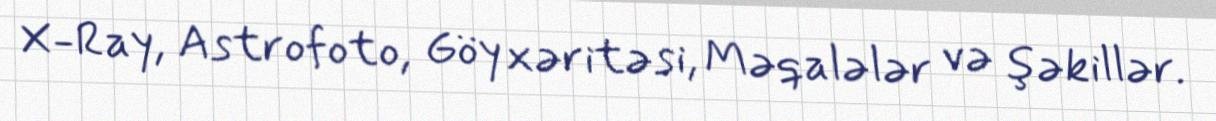
X-Ray, Astrofoto, Göy xəritəsi, Məqalələr və şəkillər.